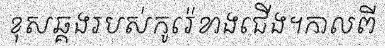
ខុសឆ្គងរបស់កូរ៉េខាងជើង។កាលពី